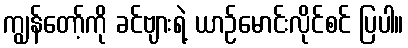
ကျွန်တော့်ကို ခင်ဗျားရဲ့ ယာဉ်မောင်းလိုင်စင် ပြပါ။